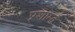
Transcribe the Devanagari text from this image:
प्रशाम्त